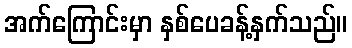
အက်ကြောင်းမှာ နှစ်ပေခန့်နှက်သည်။